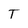
Character: T